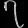
Digit: ၇